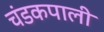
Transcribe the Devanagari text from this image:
चंडकपाली